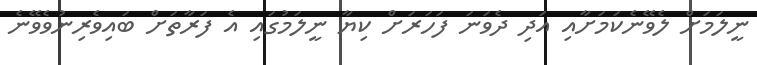
ނީލަމަށް ލެވޭނެކަމަށާއި އަދި ދެވަނަ ފަހަރަށް ކިޔާ ނީލަމުގައި އެ ފަރާތަށް ބައިވެރިނުވެވޭނެ